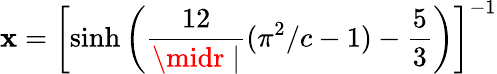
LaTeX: \mathbf{x}=\left[\sinh\left(\frac{{12}}{{\midr\mid}}(\pi^{2}/c-1)-\frac{{5}}{{3}}\right)\right]^{-1}